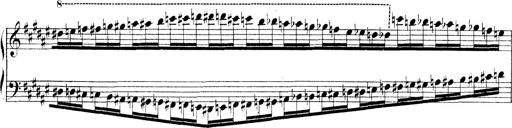
Title: Technische Studien
Composer: Franz Liszt